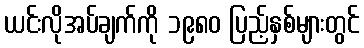
ယင်းလိုအပ်ချက်ကို ၁၉၈၀ ပြည့်နှစ်များတွင်